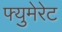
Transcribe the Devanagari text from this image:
फ्युमेरेट